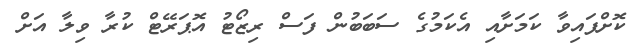
ކޮށްފައިވާ ކަމަށާއި އެކަމުގެ ސަބަބުން ފަސް ރިޒޯޓު އޮޕަރޭޓް ކުރާ ވިލާ އަށް